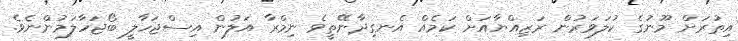
އިތުރަށް މޫނުގެ ކުލަވަރުން ރަޒިއްޔާއަށް ކަމެއް އެނގިދާނޭތީވެ ނިމްރާ އަލުން އިސްޖަހާލީ ބޯޖަހާލަމުންނެވެ.